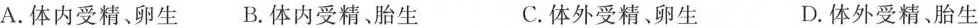
A.体内受精、卵生 B.体内受精、胎生 C.体外受精、卵生 D.体外受精、胎生